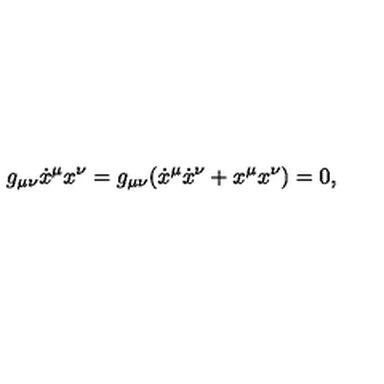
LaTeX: g _ { \mu \nu } \dot { x } ^ { \mu } x ^ { \nu } = g _ { \mu \nu } ( \dot { x } ^ { \mu } \dot { x } ^ { \nu } + x ^ { \mu } x ^ { \nu } ) = 0 ,